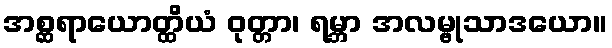
အစ္ဆရာယောတ္ထိယံ ဝုတ္တာ၊ ရမ္ဘာ အလမ္ဗုသာဒယော။